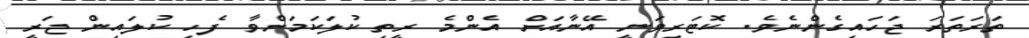
ތަރަތަރަ ޖަހައިގެންނެވެ. ކޮޓަރިވަނީ އޭނާއަށް އެންމެ ރީތި ކުލަކަމަށްވާ ފެހި ކުލައިން ޖަރީ